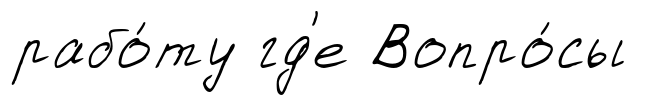
рабо́ту гд'е Вопро́сы